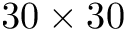
3 0 \times 3 0